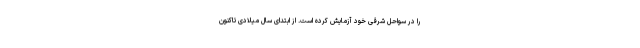
را در سواحل شرقی خود آزمایش کرده است. از ابتدای سال میلادی تاکنون